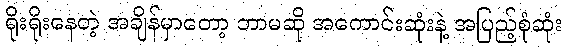
ရိုးရိုးနေတဲ့ အချိန်မှာတော့ ဘာမဆို အကောင်းဆုံးနဲ့ အပြည့်စုံဆုံး